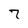
Character: 7